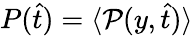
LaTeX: P(\hat{t})=\langle\mathcal{P}(y,\hat{t})\rangle